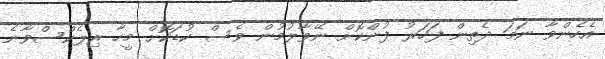
އެހެންވާ ނަމަ ދެތިން ފަހަރު ފުންކޮށް ނޭވާލުމުން ވެސް ކުޑަކޮށް މީހާ ރިލެކްސްވާނެ